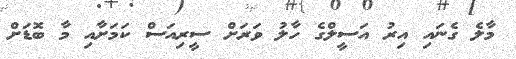
މާލެ ގެނައި އިރު އަސީލްގެ ހާލު ވަރަށް ސީރިއަސް ކަމަށާއި މާ ބޮޑަށް